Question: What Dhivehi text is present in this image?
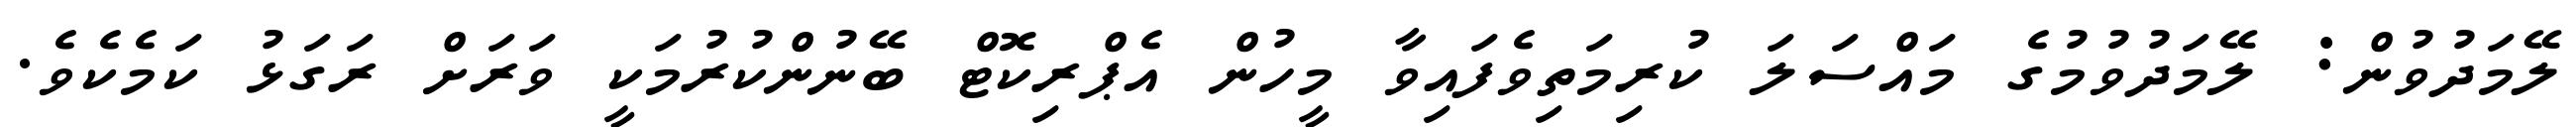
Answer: ލޭމަދުވުން: ލޭމަދުވުމުގެ މައްސަލަ ކުރިމަތިވެފައިވާ މީހުން އެޕްރިކޮޓް ބޭނުންކުރުމަކީ ވަރަށް ރަގަޅު ކަމެކެވެ.